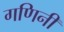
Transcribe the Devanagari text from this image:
गणिनी